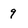
Character: 9